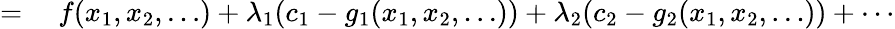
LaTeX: \begin{array}{rl}{={}}&{{}f(x_{1},x_{2},\ldots)+\lambda_{1}(c_{1}-g_{1}(x_{1},x_{2},\ldots))+\lambda_{2}(c_{2}-g_{2}(x_{1},x_{2},\dots))+\cdots}\end{array}